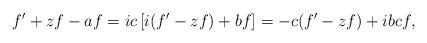
LaTeX: \begin{align*}f'+zf-af=ic\left[i(f'-zf)+bf\right]=-c(f'-zf)+ibcf,\end{align*}